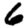
Digit: 6